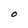
Character: O